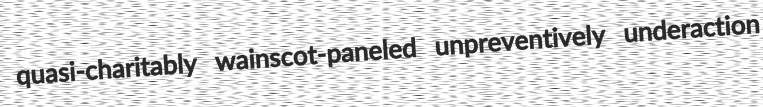
quasi-charitably wainscot-paneled unpreventively underaction